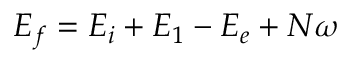
E _ { f } = E _ { i } + E _ { 1 } - E _ { e } + N \omega